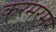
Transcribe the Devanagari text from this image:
करमरमर